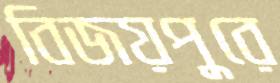
বিজয়পুরে